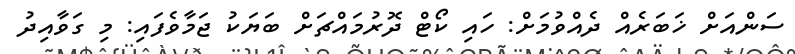
ސަންއަށް ޚަބަރެއް ދެއްވުމަށް: ހައި ކޯޓް ދޮރުމައްޗަށް ބަޔަކު ޖަމާވެފައި: މި ގަވާއިދު